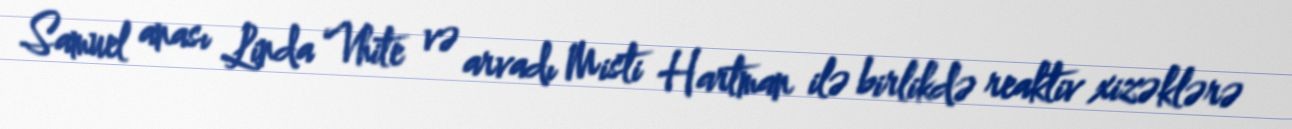
Samuel anası Linda Vhite və arvadı Misti Hartman ilə birlikdə reaktiv xizəklərə